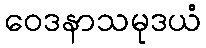
ဝေဒနာသမုဒယံ